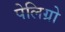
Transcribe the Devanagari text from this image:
पेलिग्रो